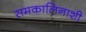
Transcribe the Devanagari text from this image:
समकालिनाशी